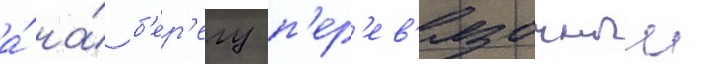
а́ на́ б'ер'егу п'ер'ев'язочныи